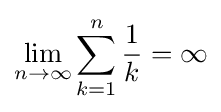
\lim _{n\to \infty }\sum _{k=1}^{n}{\frac {1}{k}}=\infty